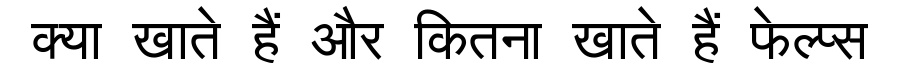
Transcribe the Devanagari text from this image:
क्या खाते हैं और कितना खाते हैं फेल्प्स